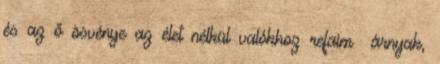
és az ő ösvénye az élet nélkül valókhoz refaim árnyak,